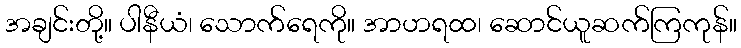
အချင်းတို့။ ပါနီယံ၊ သောက်ရေကို။ အာဟရထ၊ ဆောင်ယူဆက်ကြကုန်။